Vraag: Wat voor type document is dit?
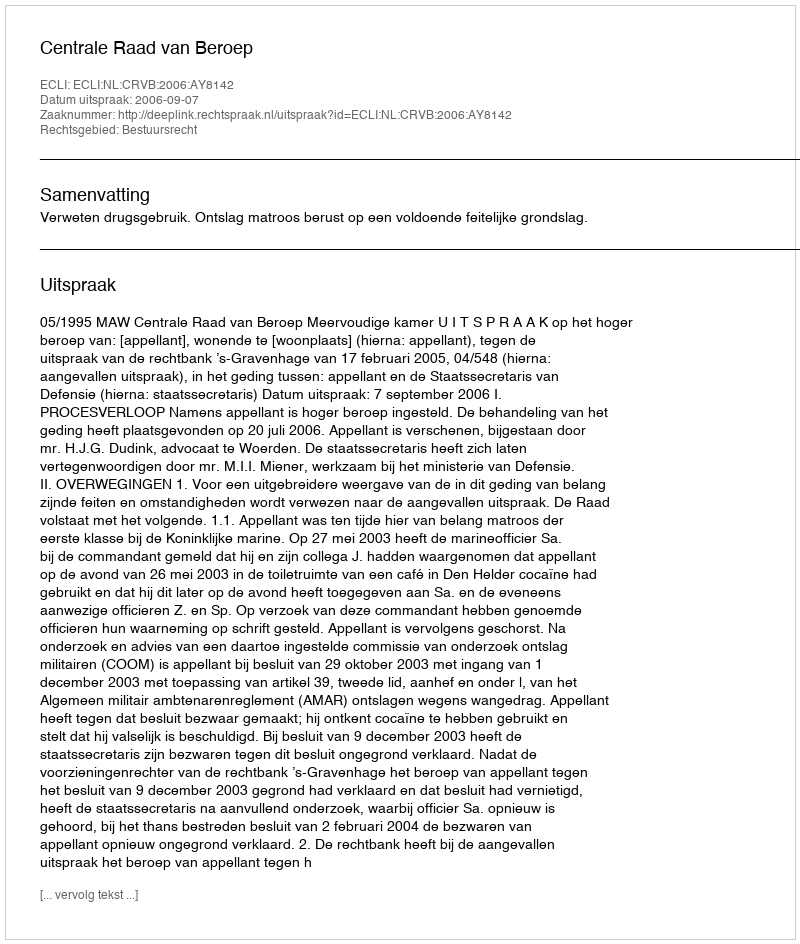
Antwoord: Uitspraak